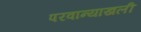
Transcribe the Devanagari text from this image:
परवान्याखली